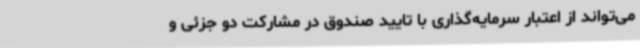
می‌تواند از اعتبار سرمایه‌گذاری با تایید صندوق در مشارکت دو جزئی و